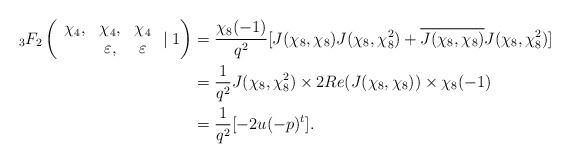
LaTeX: \begin{align*}{_{3}}F_{2}\left(\begin{array}{ccc}\chi_4, & \chi_4, & \chi_4\\ & \varepsilon, & \varepsilon\end{array}\mid 1\right)&=\frac{\chi_8(-1)}{q^2}[J(\chi_8,\chi_8)J(\chi_8,\chi_8^2)+\overline{J(\chi_8,\chi_8)}J(\chi_8,\chi_8^2)] \\&=\frac{1}{q^2}J(\chi_8,\chi_8^2)\times 2 Re(J(\chi_8,\chi_8))\times \chi_8(-1) \\&=\frac{1}{q^2}[-2u(-p)^t].\end{align*}